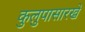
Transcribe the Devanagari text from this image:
कुलुपासारखे